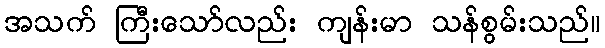
အသက် ကြီးသော်လည်း ကျန်းမာ သန်စွမ်းသည်။